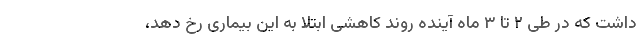
داشت که در طی ۲ تا ۳ ماه آینده روند کاهشی ابتلا به این بیماری رخ دهد،